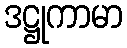
ဒဋ္ဌုကာမာ